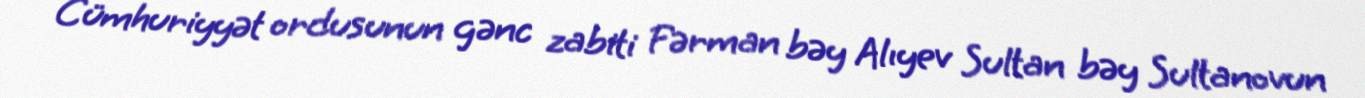
Cümhuriyyət ordusunun gənc zabiti Fərman bəy Alıyev Sultan bəy Sultanovun